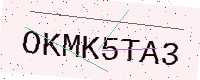
Text: OKMK5TA3